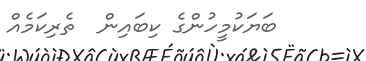
ބަޔަކުމީހުންގެ ކިބައިން  ތެރިކަމެއް